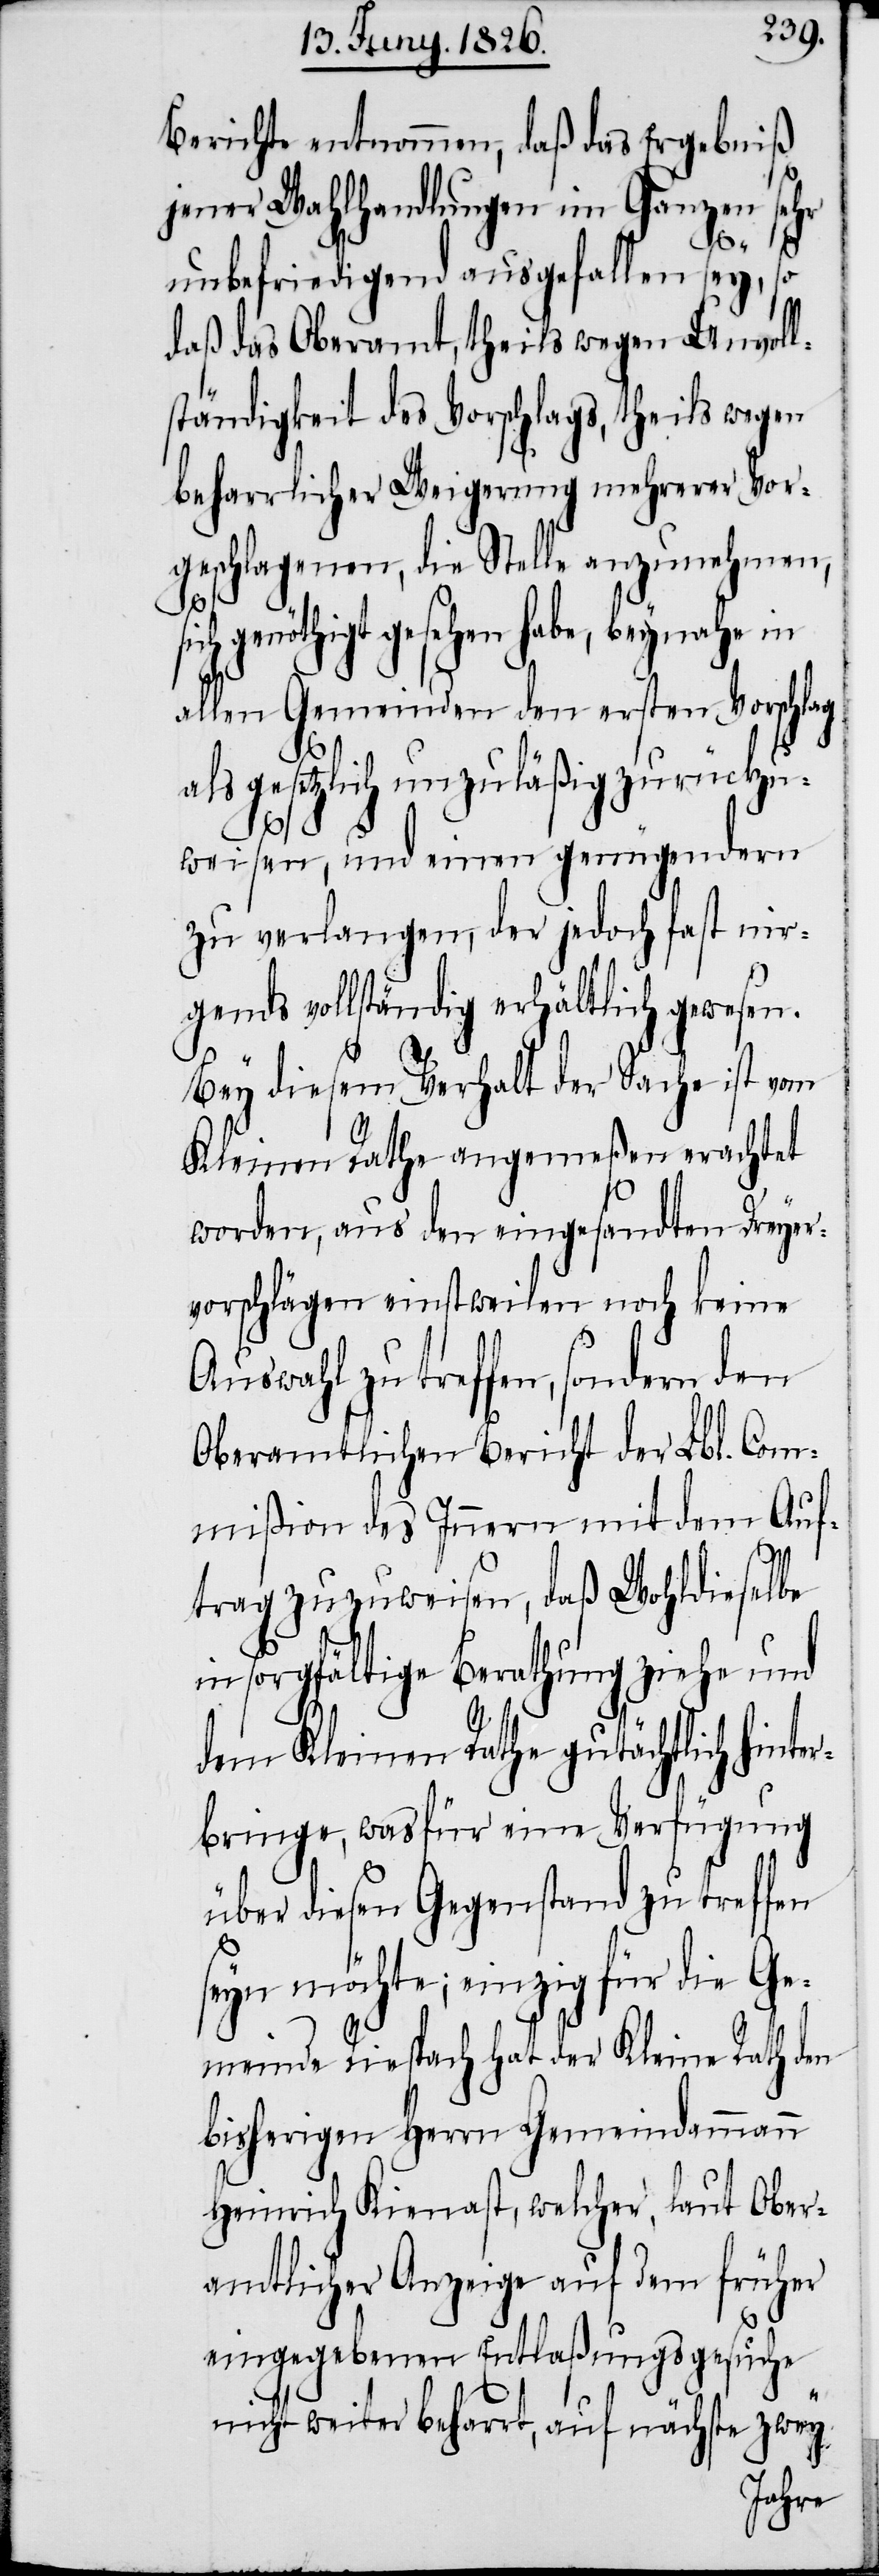
Berichte entnommen, daß das Ergebniß
jener Wahlhandlungen im Ganzen sehr
unbefriedigend ausgefallen sey, so
daß das Oberamt, theils wegen Unvoll¬
ständigkeit des Vorschlags, theils wegen
beharrlicher Weigerung mehrerer Vor¬
geschlagenen, die Stelle anzunehmen,
ch genöthigt gesehen habe, beynahe in
allen Gemeinden den ersten Vorschlag
als gesetzlich unzuläßig zurückzu¬
weisen, und einen genügendern
zu verlangen, der jedoch fast nir¬
gends vollständig erhältlich gewesen.
Bey diesem Verhalt der Sache ist vom
Kleinen Rathe angemeßen erachtet
worden, aus den eingesandten Dreyer¬
vorschlägen einstweilen noch keine
Auswahl zu treffen, sondern den
Oberamtlichen Bericht der Lbl. Com¬
mißion des Innern mit dem Auf¬
trag zuzuweisen, daß Wohldieselbe
in sorgfältige Berathung ziehe und
s¬
dem Kleinen Rathe gutächtlich hinter¬
bringe, was für eine Verfügung
über diesen Gegenstand zu treffen
eyn möchte; einzig für die G¬
emeinde Riespach hat der Kleine Rath den
bisherigen Herrn Gemeindammann
Heinrich Kienast, welcher, laut Ober¬
amtlicher Anzeige auf dem früher
eingegebenen Entlaßungsgesuche
nicht weiter beharrt, auf nächste zwey